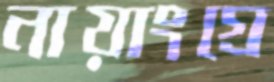
নায়াংগ্রে